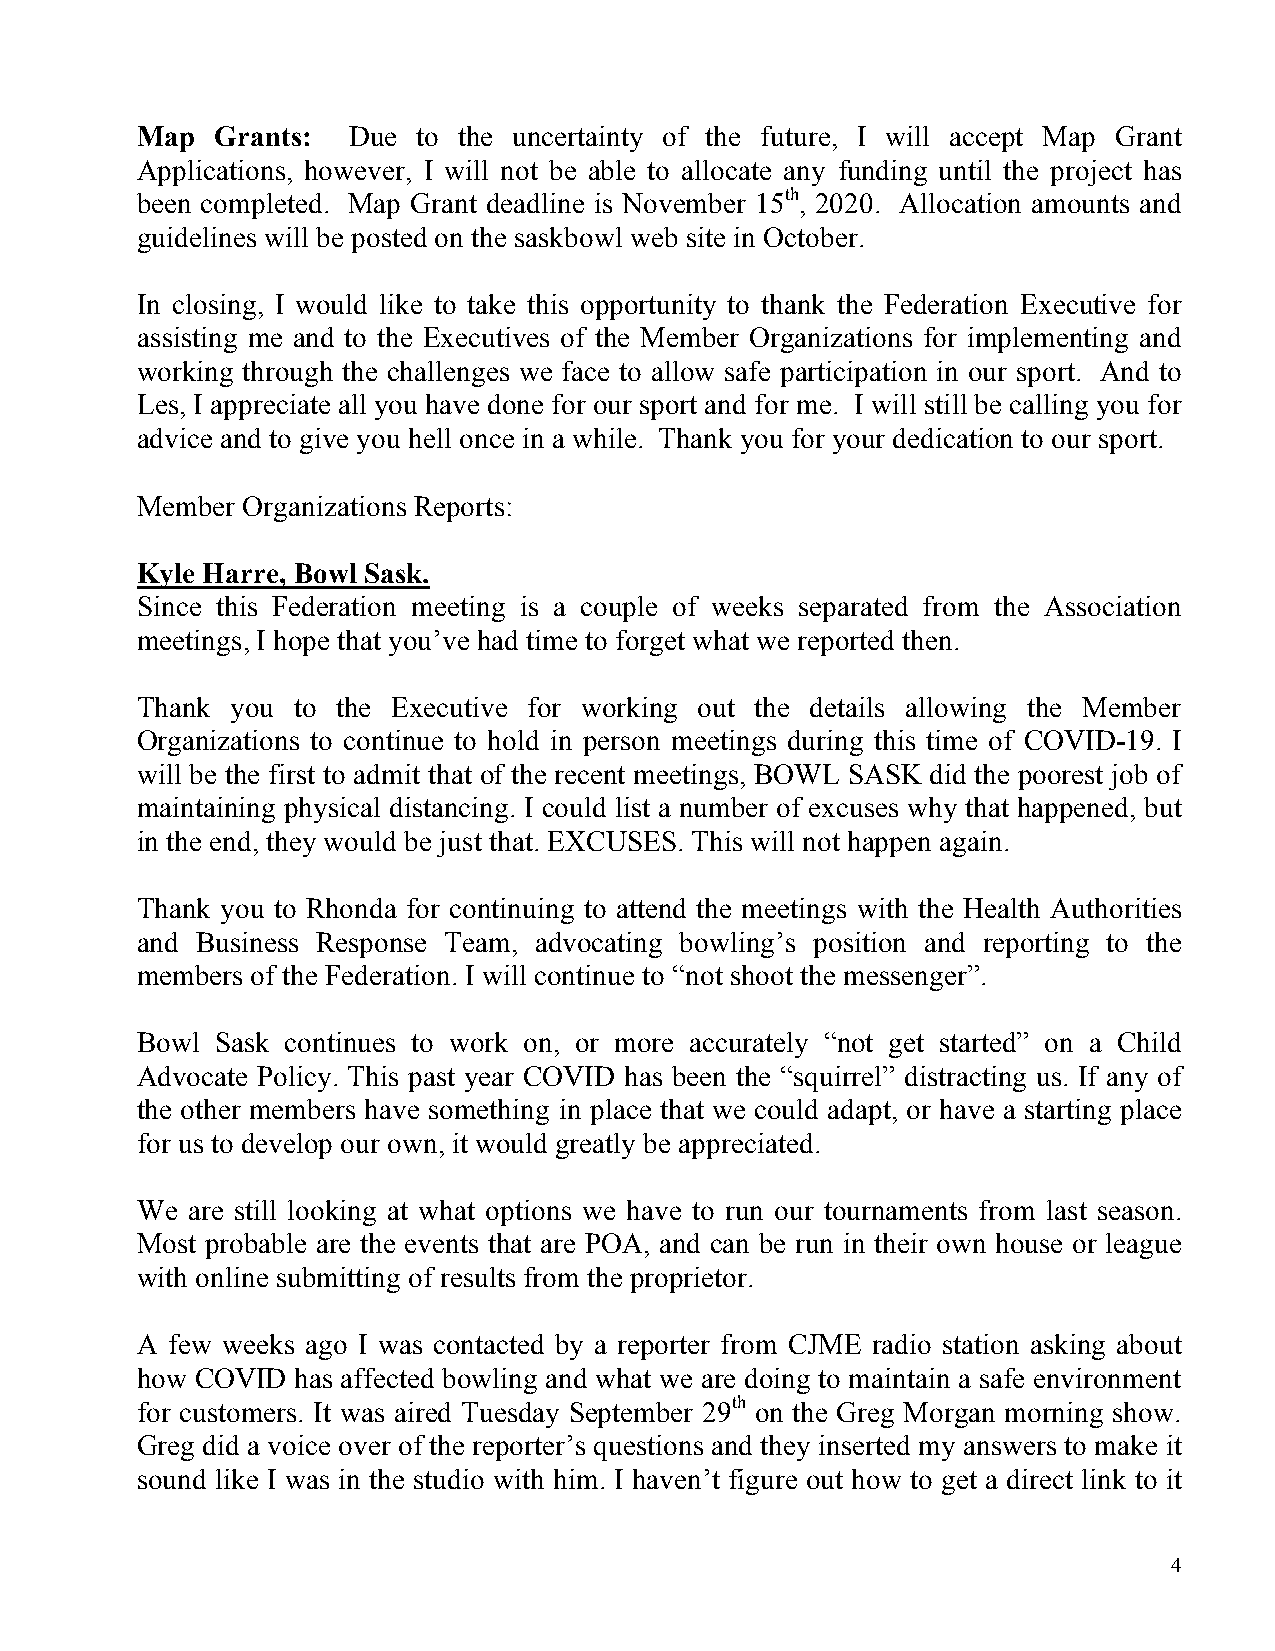
Map  Grants:  Due  to the uncertainty of the future, I will accept Map Grant
 Applications, however, I will not be able to allocate any funding until the project has
 been completed. Map Grant deadline is November 15th, 2020. Allocation amounts and
 guidelines will be posted on the saskbowl web site in October.
 In closing, I would like to take this opportunity to thank the Federation Executive for
 assisting me and to the Executives of the Member Organizations for implementing and
 working through the challenges we face to allow safe participation in our sport. And to
 Les, I appreciate all you have done for our sport and for me. I will still be calling you for
 advice and to give you hell once in a while. Thank you for your dedication to our sport.
 Member Organizations Reports:
 Kyle Harre, Bowl Sask.
 Since this Federation meeting is a couple of weeks separated from the Association
 meetings, I hope that you’ve had time to forget what we reported then.
 Thank you to the Executive for working out the details allowing the Member
 Organizations to continue to hold in person meetings during this time of COVID-19. I
 will be the first to admit that of the recent meetings, BOWL SASK did the poorest job of
 maintaining physical distancing. I could list a number of excuses why that happened, but
 in the end, they would be just that. EXCUSES. This will not happen again.
 Thank you to Rhonda for continuing to attend the meetings with the Health Authorities
 and Business Response Team, advocating bowling’s position and reporting to the
 members of the Federation. I will continue to “not shoot the messenger”.
 Bowl Sask continues to work on, or more accurately “not get started” on a Child
 Advocate Policy. This past year COVID has been the “squirrel” distracting us. If any of
 the other members have something in place that we could adapt, or have a starting place
 for us to develop our own, it would greatly be appreciated.
 We are still looking at what options we have to run our tournaments from last season.
 Most probable are the events that are POA, and can be run in their own house or league
 with online submitting of results from the proprietor.
 A few weeks ago I was contacted by a reporter from CJME radio station asking about
 how COVID  has affected bowling and what we are doing to maintain a safe environment
 for customers. It was aired Tuesday September 29th on the Greg Morgan morning show.
 Greg did a voice over of the reporter’s questions and they inserted my answers to make it
 sound like I was in the studio with him. I haven’t figure out how to get a direct link to it
 4